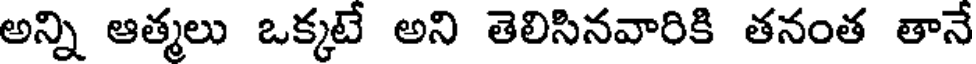
అన్ని ఆత్మలు ఒక్కటే అని తెలిసినవారికి తనంత తానే